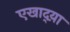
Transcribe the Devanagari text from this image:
एखाद्य़ा